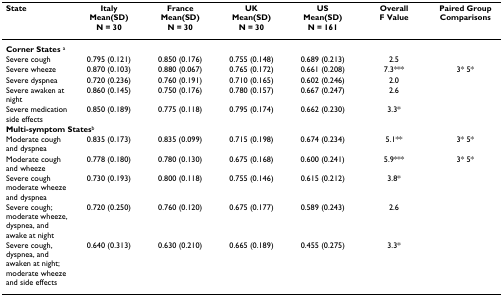
<table><thead><tr><td><b>State</b></td><td><b>ItalyMean(SD)N = 30</b></td><td><b>FranceMean(SD)N = 30</b></td><td><b>UKMean(SD)N = 30</b></td><td><b>USMean(SD)N = 161</b></td><td><b>OverallF Value</b></td><td><b>Paired GroupComparisons</b></td></tr></thead><tbody><tr><td colspan="7"><b>Corner States </b><sup>a</sup></td></tr><tr><td>Severe cough</td><td>0.795 (0.121)</td><td>0.850 (0.176)</td><td>0.755 (0.148)</td><td>0.689 (0.213)</td><td>2.5</td><td></td></tr><tr><td>Severe wheeze</td><td>0.870 (0.103)</td><td>0.880 (0.067)</td><td>0.765 (0.172)</td><td>0.661 (0.208)</td><td>7.3***</td><td>3* 5*</td></tr><tr><td>Severe dyspnea</td><td>0.720 (0.236)</td><td>0.760 (0.191)</td><td>0.710 (0.165)</td><td>0.602 (0.246)</td><td>2.0</td><td></td></tr><tr><td>Severe awaken at night</td><td>0.860 (0.145)</td><td>0.750 (0.176)</td><td>0.780 (0.157)</td><td>0.667 (0.247)</td><td>2.6</td><td></td></tr><tr><td>Severe medication side effects</td><td>0.850 (0.189)</td><td>0.775 (0.118)</td><td>0.795 (0.174)</td><td>0.662 (0.230)</td><td>3.3*</td><td></td></tr><tr><td colspan="7"><b>Multi-symptom States</b><sup>b</sup></td></tr><tr><td>Moderate cough and dyspnea</td><td>0.835 (0.173)</td><td>0.835 (0.099)</td><td>0.715 (0.198)</td><td>0.674 (0.234)</td><td>5.1**</td><td>3* 5*</td></tr><tr><td>Moderate cough and wheeze</td><td>0.778 (0.180)</td><td>0.780 (0.130)</td><td>0.675 (0.168)</td><td>0.600 (0.241)</td><td>5.9***</td><td>3* 5*</td></tr><tr><td>Severe cough moderate wheeze and dyspnea</td><td>0.730 (0.193)</td><td>0.800 (0.118)</td><td>0.755 (0.146)</td><td>0.615 (0.212)</td><td>3.8*</td><td></td></tr><tr><td>Severe cough; moderate wheeze, dyspnea, and awake at night</td><td>0.720 (0.250)</td><td>0.760 (0.120)</td><td>0.675 (0.177)</td><td>0.589 (0.243)</td><td>2.6</td><td></td></tr><tr><td>Severe cough, dyspnea, and awaken at night; moderate wheeze and side effects</td><td>0.640 (0.313)</td><td>0.630 (0.210)</td><td>0.665 (0.189)</td><td>0.455 (0.275)</td><td>3.3*</td><td></td></tr></tbody></table>